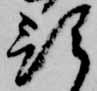
預